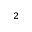
^ 2